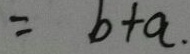
= b + a .